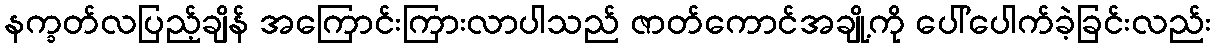
နက္ခတ်လပြည့်ချိန် အကြောင်းကြားလာပါသည် ဇာတ်ကောင်အချို့ကို ပေါ်ပေါက်ခဲ့ခြင်းလည်း